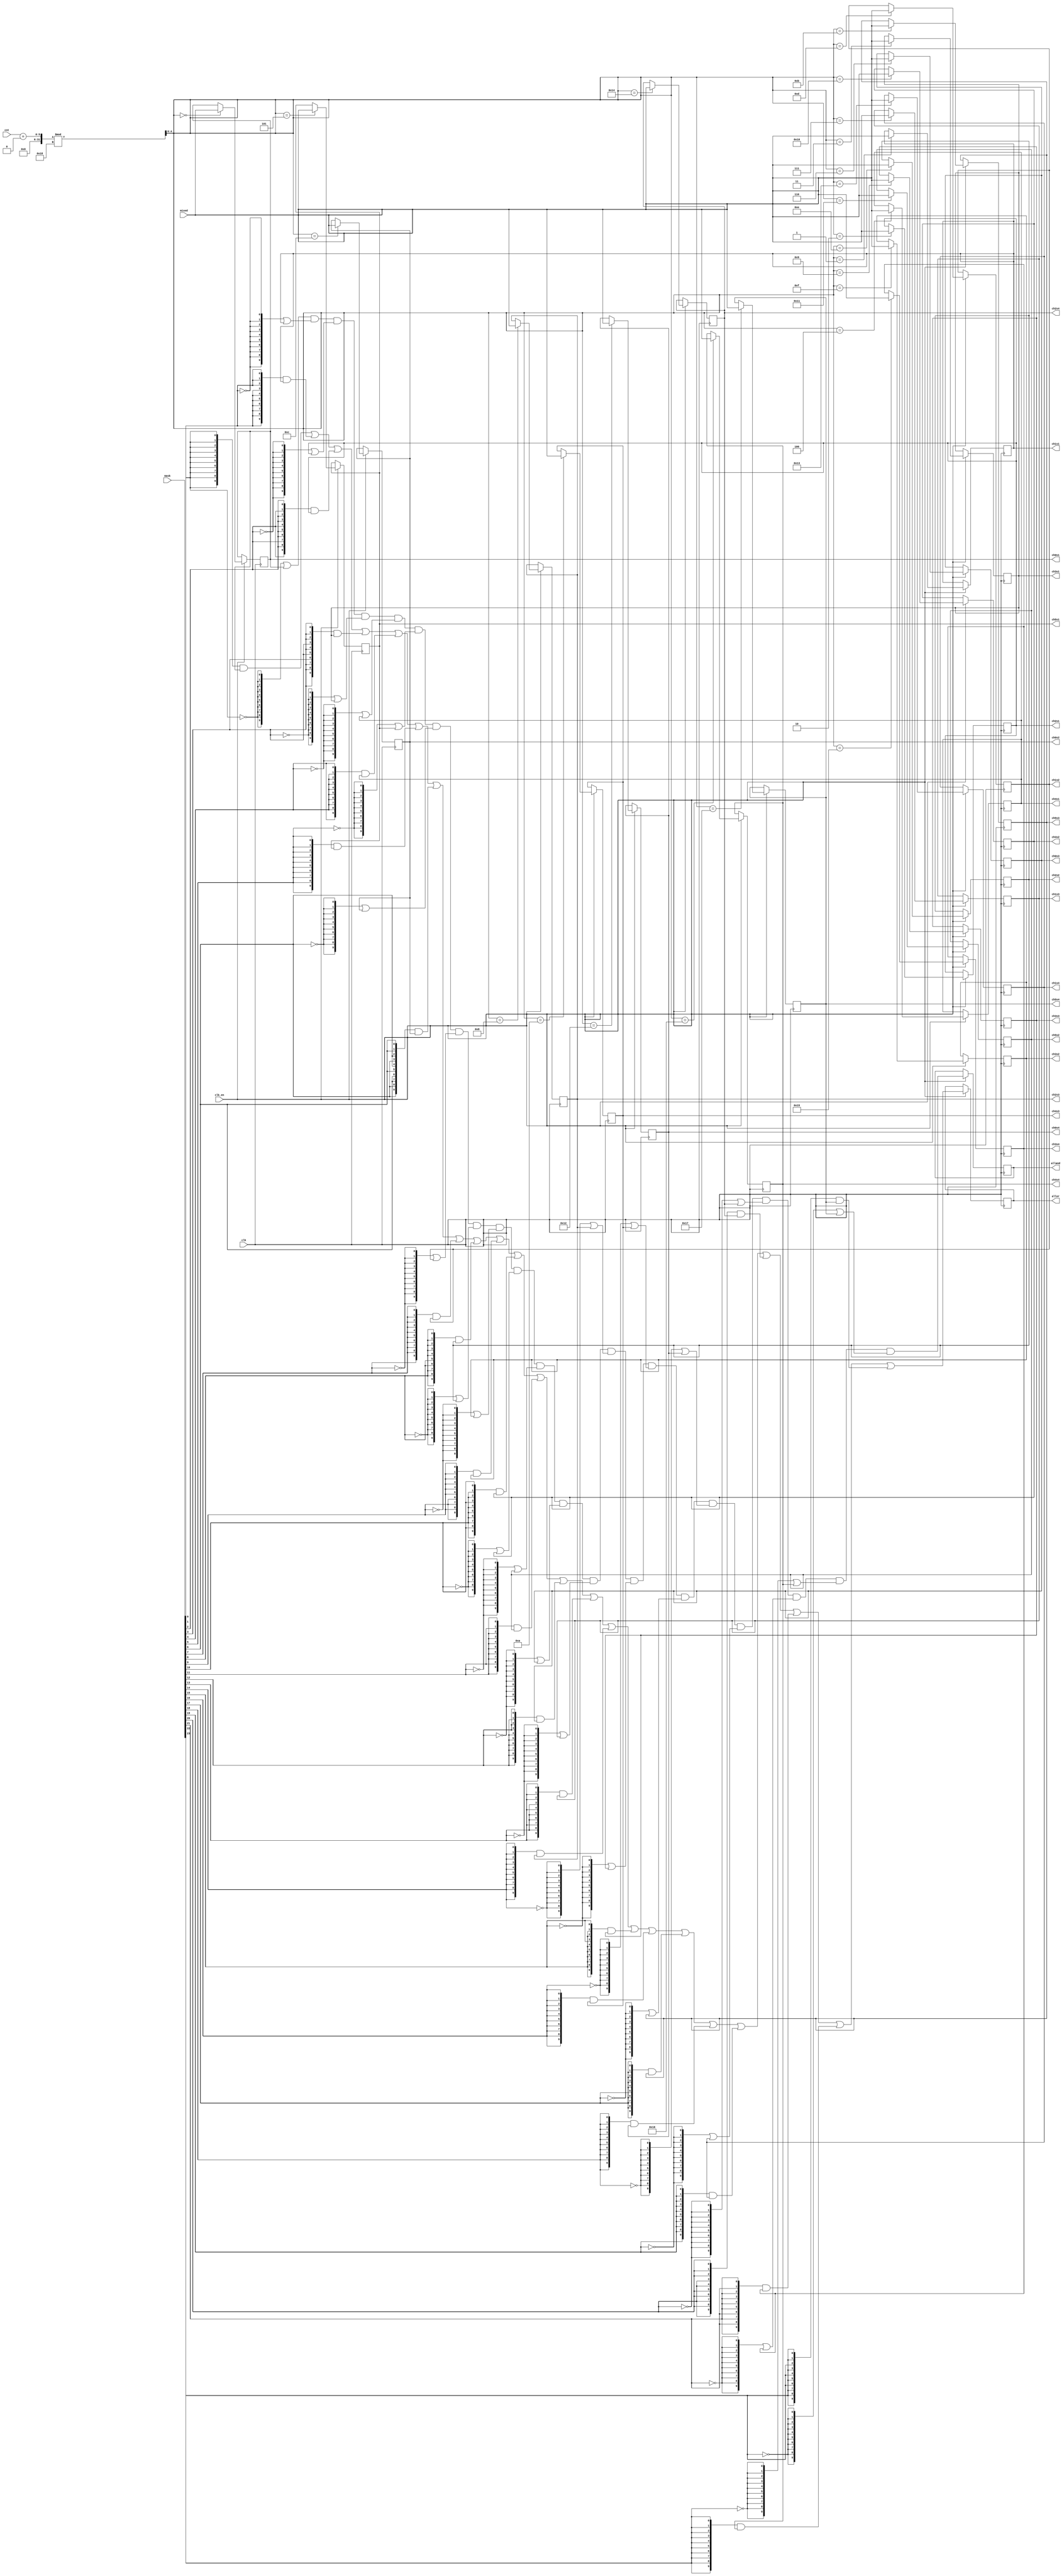
// This program was cloned from: https://github.com/jotego/jt12
// License: GNU General Public License v3.0

module sep24 #(parameter width=10, parameter pos0=5'd0)
(
	input 	clk,
	input	clk_en,
	input [width-1:0] mixed,
	input [23:0] mask,
	input [4:0] cnt,	
	
	output reg [width-1:0] ch0s1,
	output reg [width-1:0] ch1s1,
	output reg [width-1:0] ch2s1,
	output reg [width-1:0] ch3s1,
	output reg [width-1:0] ch4s1,
	output reg [width-1:0] ch5s1,

	output reg [width-1:0] ch0s2,
	output reg [width-1:0] ch1s2,
	output reg [width-1:0] ch2s2,
	output reg [width-1:0] ch3s2,
	output reg [width-1:0] ch4s2,
	output reg [width-1:0] ch5s2,

	output reg [width-1:0] ch0s3,
	output reg [width-1:0] ch1s3,
	output reg [width-1:0] ch2s3,
	output reg [width-1:0] ch3s3,
	output reg [width-1:0] ch4s3,
	output reg [width-1:0] ch5s3,

	output reg [width-1:0] ch0s4,
	output reg [width-1:0] ch1s4,
	output reg [width-1:0] ch2s4,
	output reg [width-1:0] ch3s4,
	output reg [width-1:0] ch4s4,
	output reg [width-1:0] ch5s4,
	
	output reg [width-1:0] alland,
	output reg [width-1:0] allor );

reg [4:0] cntadj;

/* verilator lint_off WIDTH */
always @(*)
	cntadj = (cnt+pos0)%24;
/* verilator lint_on WIDTH */

always @(posedge clk) if( clk_en ) begin
	case( cntadj )
		5'd0: ch0s1 <= mixed;
		5'd1: ch1s1 <= mixed;
		5'd2: ch2s1 <= mixed;
		5'd3: ch3s1 <= mixed;  		   
		5'd4: ch4s1 <= mixed;
		5'd5: ch5s1 <= mixed;
		
		5'd6: ch0s3 <= mixed;
		5'd7: ch1s3 <= mixed;
		5'd8: ch2s3 <= mixed;
		5'd9: ch3s3 <= mixed;  		   
		5'ha: ch4s3 <= mixed;
		5'hb: ch5s3 <= mixed; 

		5'hc: ch0s2 <= mixed;
		5'hd: ch1s2 <= mixed;
		5'he: ch2s2 <= mixed;
		5'hf: ch3s2 <= mixed;  		   
		5'h10: ch4s2 <= mixed;
		5'h11: ch5s2 <= mixed;    
		
		5'h12: ch0s4 <= mixed;
		5'h13: ch1s4 <= mixed;
		5'h14: ch2s4 <= mixed;
		5'h15: ch3s4 <= mixed; 			   
		5'h16: ch4s4 <= mixed;
		5'h17: ch5s4 <= mixed; 		   
		default:;
	endcase
	
	alland <= 	({width{~mask[0]}} | ch0s1) &
				({width{~mask[1]}} | ch1s1) &
				({width{~mask[2]}} | ch2s1) &
				({width{~mask[3]}} | ch3s1) &
				({width{~mask[4]}} | ch4s1) &
				({width{~mask[5]}} | ch5s1) &
				({width{~mask[6]}} | ch0s2) &
				({width{~mask[7]}} | ch1s2) &
				({width{~mask[8]}} | ch2s2) &
				({width{~mask[9]}} | ch3s2) &
				({width{~mask[10]}} | ch4s2) &
				({width{~mask[11]}} | ch5s2) &
				({width{~mask[12]}} | ch0s3) &
				({width{~mask[13]}} | ch1s3) &
				({width{~mask[14]}} | ch2s3) &
				({width{~mask[15]}} | ch3s3) &
				({width{~mask[16]}} | ch4s3) &
				({width{~mask[17]}} | ch5s3) &
				({width{~mask[18]}} | ch0s4) &
				({width{~mask[19]}} | ch1s4) &
				({width{~mask[20]}} | ch2s4) &
				({width{~mask[21]}} | ch3s4) &
				({width{~mask[22]}} | ch4s4) &
				({width{~mask[23]}} | ch5s4);

	allor <= 	({width{mask[0]}} & ch0s1) |
				({width{mask[1]}} & ch1s1) |
				({width{mask[2]}} & ch2s1) |
				({width{mask[3]}} & ch3s1) |
				({width{mask[4]}} & ch4s1) |
				({width{mask[5]}} & ch5s1) |
				({width{mask[6]}} & ch0s2) |
				({width{mask[7]}} & ch1s2) |
				({width{mask[8]}} & ch2s2) |
				({width{mask[9]}} & ch3s2) |
				({width{mask[10]}} & ch4s2) |
				({width{mask[11]}} & ch5s2) |
				({width{mask[12]}} & ch0s3) |
				({width{mask[13]}} & ch1s3) |
				({width{mask[14]}} & ch2s3) |
				({width{mask[15]}} & ch3s3) |
				({width{mask[16]}} & ch4s3) |
				({width{mask[17]}} & ch5s3) |
				({width{mask[18]}} & ch0s4) |
				({width{mask[19]}} & ch1s4) |
				({width{mask[20]}} & ch2s4) |
				({width{mask[21]}} & ch3s4) |
				({width{mask[22]}} & ch4s4) |
				({width{mask[23]}} & ch5s4);
				
end
	
endmodule